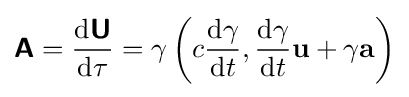
{\boldsymbol {\mathsf {A}}}={\frac {\mathrm {d} {\boldsymbol {\mathsf {U}}}}{\mathrm {d} \tau }}=\gamma \left(c{\frac {\mathrm {d} \gamma }{\mathrm {d} t}},{\frac {\mathrm {d} \gamma }{\mathrm {d} t}}\mathbf {u} +\gamma \mathbf {a} \right)